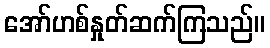
အော်ဟစ်နှုတ်ဆက်ကြသည်။